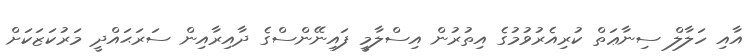
އާއި ހަލާލް ސިނާޢަތް ކުރިއެރުވުމުގެ އިތުރުން އިސްލާމީ ފައިނޭންސްގެ ދާއިރާއިން ސަރަޙައްދީ މަރުކަޒަކަށް